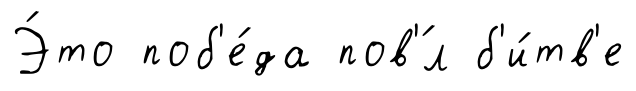
Э́то поб'е́да пов'́л б'и́тв'е